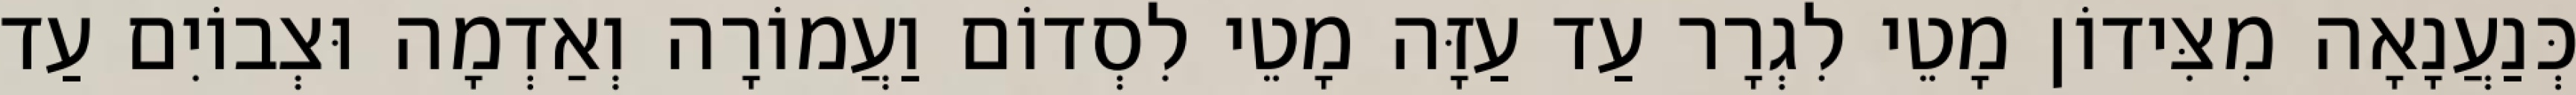
כְּנַעֲנָאָה מִצִּידוֹן מָטֵי לִגְרָר עַד עַזָּה מָטֵי לִסְדוֹם וַעֲמוֹרָה וְאַדְמָה וּצְבוֹיִם עַד